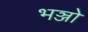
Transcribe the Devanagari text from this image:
भञ्जो